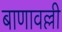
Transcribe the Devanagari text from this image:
बाणावल्ली